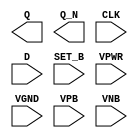
module sky130_fd_sc_hvl__dfsbp (
    Q    ,
    Q_N  ,
    CLK  ,
    D    ,
    SET_B,
    VPWR ,
    VGND ,
    VPB  ,
    VNB
);

    output Q    ;
    output Q_N  ;
    input  CLK  ;
    input  D    ;
    input  SET_B;
    input  VPWR ;
    input  VGND ;
    input  VPB  ;
    input  VNB  ;
endmodule